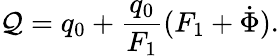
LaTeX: \mathcal{Q}=q_{0}+\frac{{q_{0}}}{{F_{1}}}(F_{1}+\dot{{\Phi}}).